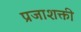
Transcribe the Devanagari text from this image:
प्रजाशक्ती